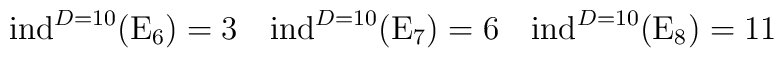
{\rm ind}^{D=10}({\rm E}_6)=3 \quad {\rm ind}^{D=10}({\rm E}_7)=6 \quad {\rm ind}^{D=10}({\rm E}_{8})=11